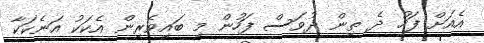
އެއަށް ފަހު ދެ ތިން ދުވަސް ފަހުން މި ބައިވެރިން އެކަކު އަނެކަކާ